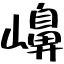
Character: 𡽶